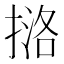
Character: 𪮔